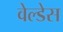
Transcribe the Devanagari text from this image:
वेल्‍डेस